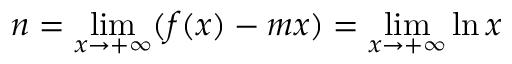
n = \operatorname* { l i m } _ { x \rightarrow + \infty } ( f ( x ) - m x ) = \operatorname* { l i m } _ { x \rightarrow + \infty } \ln x